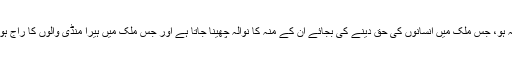
جس ملک میں عوام کو آزاد جینے کی حق نہ ہو، جس ملک میں انسانوں کی حق دینے کی بجائے ان کے منہ کا نوالہ چھینا جاتا ہے اور جس ملک میں ہیرا منڈی والوں کا راج ہو، کیا وہ خاک ایک اسلامی ملک ہوسکتا ہے۔